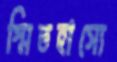
স্মিতহাস্যে